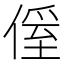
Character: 𠌠